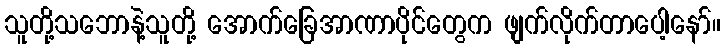
သူတို့သဘောနဲ့သူတို့ အောက်ခြေအာဏာပိုင်တွေက ဖျက်လိုက်တာပေါ့နော်။